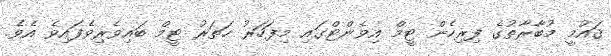
ޤައުމީ މުބާރާތުގެ ފިރިހެން ޓީމް އިވެންޓްގައި މިފަހަރު ހަތަރު ޓީމް ބައިވެރިވެފައިވެ އެވެ.